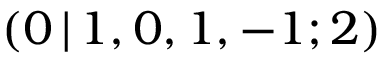
( 0 \, | \, 1 , 0 , 1 , - 1 ; 2 )